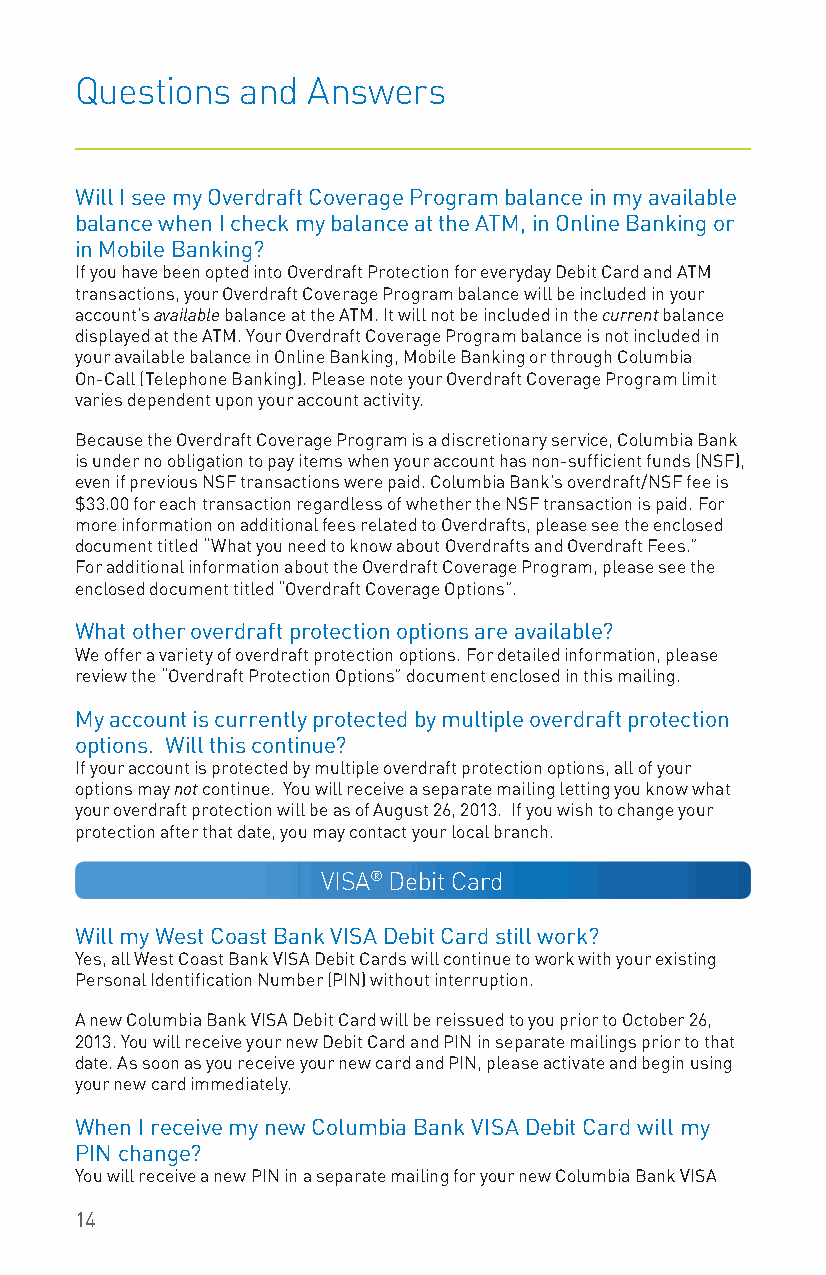
Questions  and Answers
 Will I see my Overdraft Coverage Program balance in my available
 balance when I check my balance at the ATM, in Online Banking or
 in Mobile Banking?
 If you have been opted into Overdraft Protection for everyday Debit Card and ATM
 transactions, your Overdraft Coverage Program balance will be included in your
 account’s available balance at the ATM. It will not be included in the current balance
 displayed at the ATM. Your Overdraft Coverage Program balance is not included in
 your available balance in Online Banking, Mobile Banking or through Columbia
 On-Call (Telephone Banking). Please note your Overdraft Coverage Program limit
 varies dependent upon your account activity.
 Because the Overdraft Coverage Program is a discretionary service, Columbia Bank
 is under no obligation to pay items when your account has non-sufficient funds (NSF),
 even if previous NSF transactions were paid. Columbia Bank’s overdraft/NSF fee is
 $33.00 for each transaction regardless of whether the NSF transaction is paid. For
 more information on additional fees related to Overdrafts, please see the enclosed
 document titled “What you need to know about Overdrafts and Overdraft Fees.”
 For additional information about the Overdraft Coverage Program, please see the
 enclosed document titled “Overdraft Coverage Options”.
 What other overdraft protection options are available?
 We offer a variety of overdraft protection options. For detailed information, please
 review the “Overdraft Protection Options” document enclosed in this mailing.
 My account is currently protected by multiple overdraft protection
 options. Will this continue?
 If your account is protected by multiple overdraft protection options, all of your
 options may not continue. You will receive a separate mailing letting you know what
 your overdraft protection will be as of August 26, 2013. If you wish to change your
 protection after that date, you may contact your local branch.
 VISA® Debit Card
 Will my West Coast Bank VISA Debit Card still work?
 Yes, all West Coast Bank VISA Debit Cards will continue to work with your existing
 Personal Identification Number (PIN) without interruption.
 A new Columbia Bank VISA Debit Card will be reissued to you prior to October 26,
 2013. You will receive your new Debit Card and PIN in separate mailings prior to that
 date. As soon as you receive your new card and PIN, please activate and begin using
 your new card immediately.
 When I receive my new Columbia Bank VISA Debit Card will my
 PIN change?
 You will receive a new PIN in a separate mailing for your new Columbia Bank VISA
 14